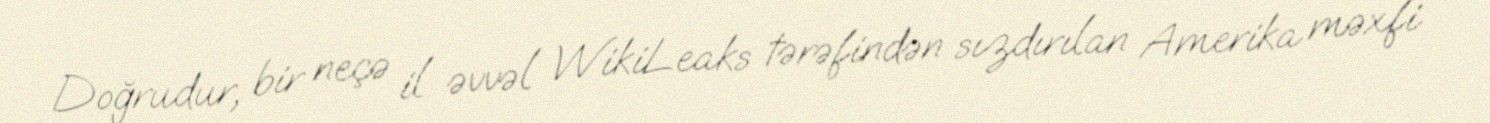
Doğrudur, bir neçə il əvvəl WikiLeaks tərəfindən sızdırılan Amerika məxfi